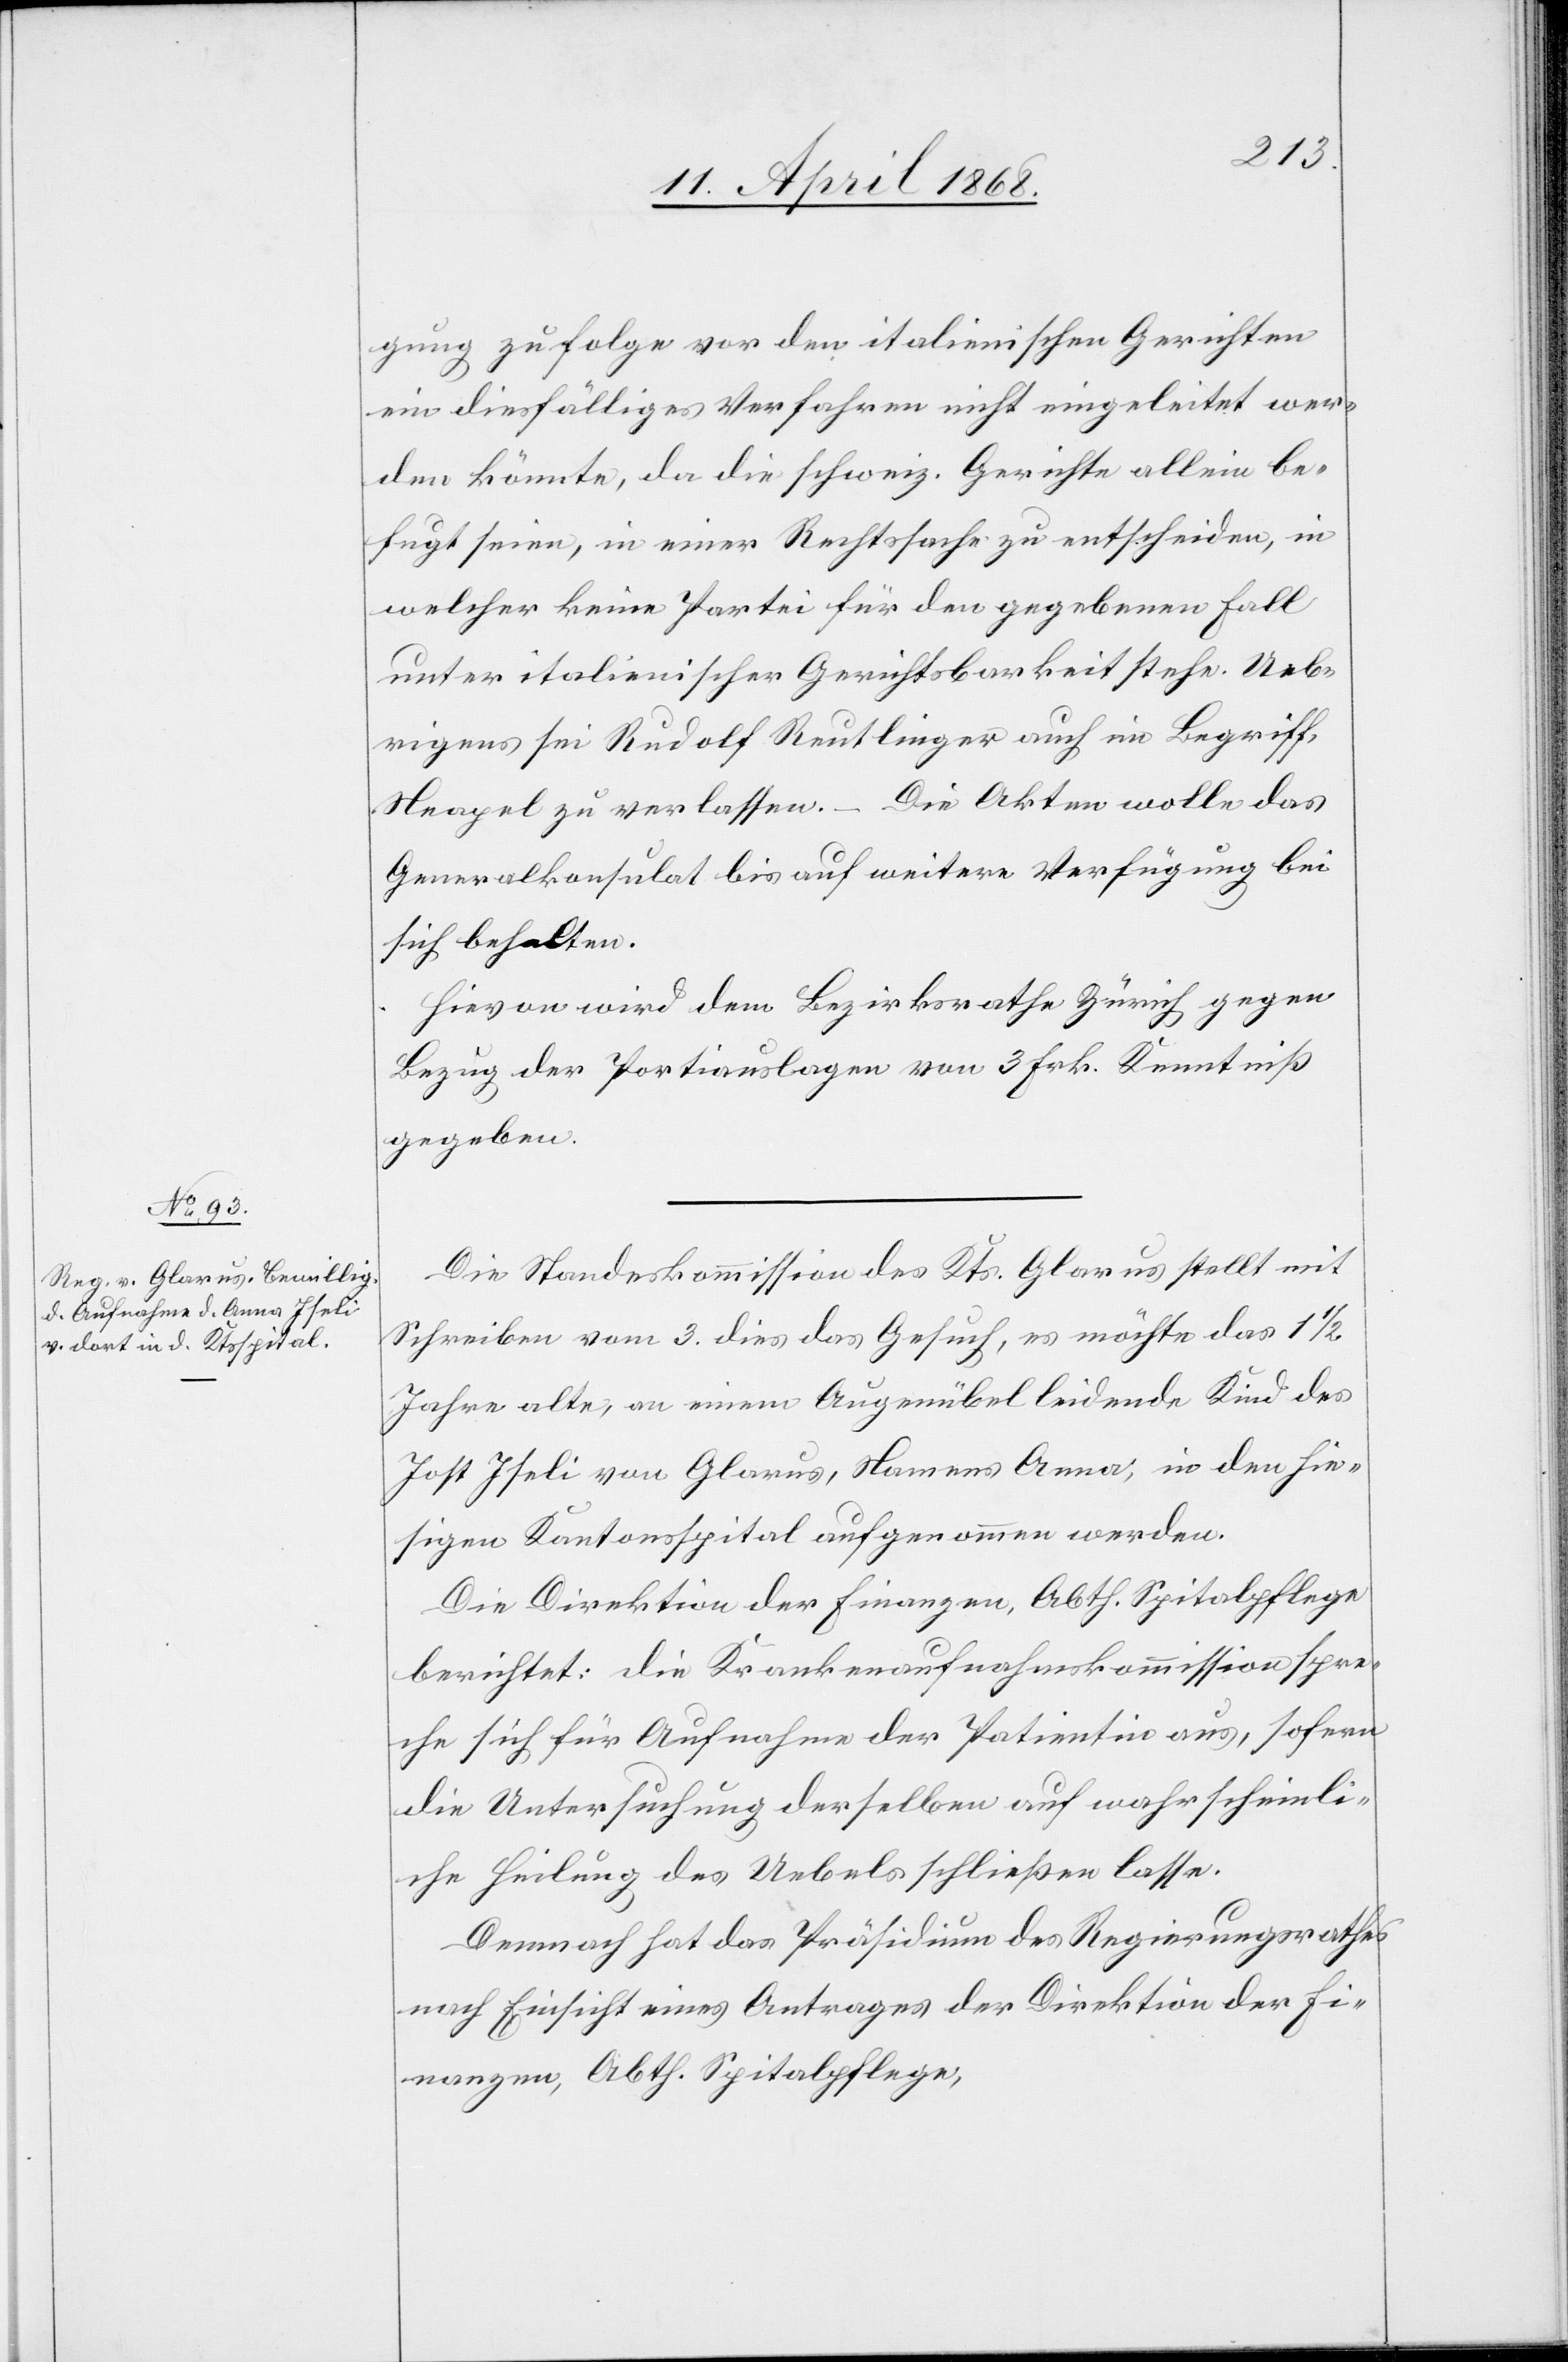
11. April 1868.]
gung zufolge vor den italienischen Gerichten
ein diesfälliges Verfahren nicht eingeleitet wer¬
den könnte, da die schweiz. Gerichte allein be¬
fugt seien, in einer Rechtssache zu entscheiden, in
welcher keine Partei für den gegebenen Fall
unter italienischer Gerichtsbarkeit stehe. Ueb¬
rigens sei Rudolf Reutlinger auch im Begriff,
Neapel zu verlassen. – Die Akten wolle das
Generalkonsulat bis auf weitere Verfügung bei
sich behalten.
Hievon wird dem Bezirksrathe Zürich gegen
Bezug der Portiauslagen von 3 Frk. Kenntniß
gegeben.
Die Standeskommission des Kts. Glarus stellt mit
Schreiben vom 3. dies das Gesuch, es möchte das 1
Jahre alte, an einem Augenübel leidende Kind des
Jost Iseli von Glarus, Namens Anna, in den hie¬
sigen Kantonsspital aufgenommen werden.
Die Direktion der Finanzen, Abth. Spitalpflege
berichtet: die Krankenaufnahmskommission spre¬
che sich für Aufnahme der Patientin aus, sofern
die Untersuchung derselben auf wahrscheinli¬
che Heilung des Uebels schließen lasse.
Demnach hat das Präsidium des Regierungsrathes
nach Einsicht eines Antrages der Direktion der Fi¬
nanzen, Abth. Spitalpflege,